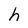
Character: h